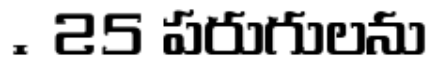
. 25 పరుగులను